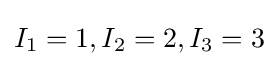
I_{1}=1,I_{2}=2,I_{3}=3